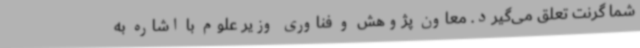
شما گرنت تعلق می‌گیرد. معاون پژوهش و فناوری وزیر علوم با اشاره به